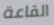
القاعة